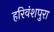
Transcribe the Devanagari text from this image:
हरिवंशपुरा